Report on vaccination in Madras 1877-1894 - 1877-1894
Year: 1877
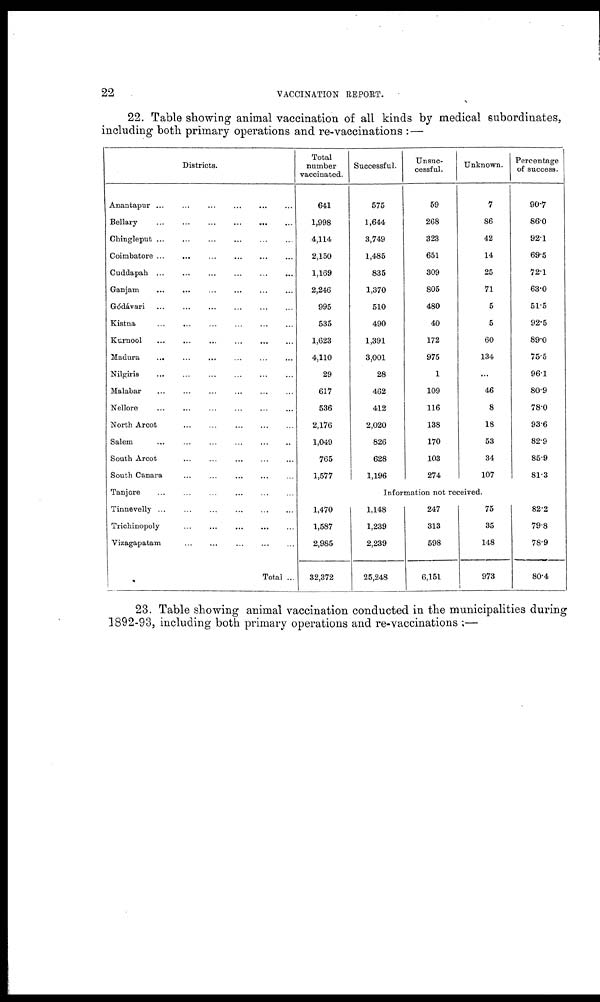
22
VACCINATION REPORT.
22. Table showing animal vaccination of all kinds by medical subordinates,
including both primary operations and re-vaccinations :—
Districts.
Anantapur ... ... ... ...
Bellary
...
...
...
...
...
Chingleput
...
...
...
...
...
Coimbatore
...
...
...
...
...
...
Cuddapah
...
...
...
...
...
...
Ganjam
...
...
...
...
...
...
Gódávari
...
...
...
...
...
...
Kistna
...
...
...
...
...
...
Kurnool
...
...
...
...
...
...
Madura
...
...
...
...
...
...
Nilgiris ... ... ... ... ... ...
Malabar
...
...
...
...
...
...
Nellore
...
...
...
...
...
...
North Arcot
...
...
...
...
...
...
Salem
...
...
...
...
...
...
South Arcot
...
...
...
...
...
South Canara
...
...
...
...
...
Tanjore
...
...
...
...
Tinnevelly
...
...
...
...
...
...
Trichinopoly
...
...
...
...
...
Vizagapatam ... ... ... ... ...
Total ...
Total
number
vaccinated.
641
1,998
4,114
2,150
1,169
2,246
995
535
1,623
4,110
29
617
536
2,176
1,049
765
1,577
Successful.
575
1,644
3,749
1,485
835
1,370
510
490
1,391
3,001
28
462
412
2,020
826
628
1,196
Unsuc-
cessful.
59
268
323
651
309
805
480
40
172
975
1
109
116
138
170
103
274
Unknown.
7
86
42
14
25
71
5
5
60
134
...
46
8
18
53
34
107
Percentage
of success.
90.7
86.0
92.1
69.5
72.1
63.0
51.5
92.5
89.0
75.5
96.1
80.9
78.0
93.6
82.9
85.9
81.3
Information not received.
1,470
1,587
2,985
32,372
1,148
1,239
2,239
25,248
247
313
598
6,151
75
35
148
973
82.2
79.8
78.9
80.4
23. Table showing animal vaccination conducted in the municipalities during
1892-93, including both primary operations and re-vaccinations :—